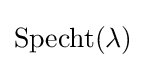
\operatorname {Specht} (\lambda )